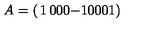
A = \left( \begin{matrix} { 1 } & { 0 } & { 0 } \\ { 0 } & { - 1 } & { 0 } \\ { 0 } & { 0 } & { 1 } \\ \end{matrix} \right)